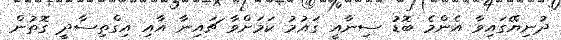
ދުނިޔޭގައިވާ އެންމެ ބޮޑު ސިނާއީ ގައުމު ކަމަށްވާ ޗައިނާ އާއި އިގްތިސާދީ ގޮތުން